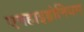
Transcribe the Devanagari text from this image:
एनहाइड्रोनियम